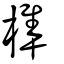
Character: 榫